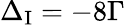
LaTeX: \Delta_{\mathrm{I}}=-8\Gamma